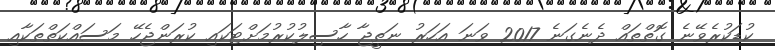
ކުޑަކުރެވޭނެ ގޮތްތައް ދެނެގަނެ 2017 ވަނަ އަހަރު ނަތީޖާ ހާސިލުކުރުމަށްޓަކައި ކުރަންޖެހޭ މަސައްކަތްތަކާއި